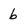
Character: b